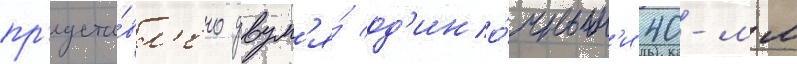
пр'едста́вл'ено двум'я́ од'ино́чным'и 40-мм